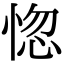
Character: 惚